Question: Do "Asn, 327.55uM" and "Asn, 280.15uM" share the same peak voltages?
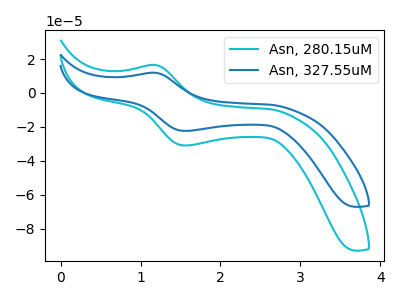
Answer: <think>The cyan curve "Asn, 280.15uM" has an anodic peak at (1.20V, 16.50uA) and a cathodic peak at (1.60V, -30.90uA). The blue curve "Asn, 327.55uM" has an anodic peak at (1.20V, 11.90uA) and a cathodic peak at (1.60V, -22.35uA).</think>
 <answer>Yes, "Asn, 327.55uM" have a peak in "Asn, 280.15uM" at the same potential.</answer>
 <eval>match</eval>